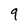
Character: 9